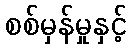
စစ်မှန်မှုနှင့်